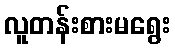
လူတန်းစားမရွေး